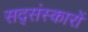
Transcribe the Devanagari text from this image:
सद्संस्कारों